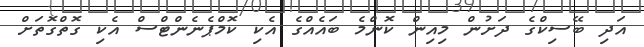
އަދި ބޭސިކްގެ ދަށުން މިއިން ކޮންމެ ބައެއްގެ އެކި ކޮމްޕެނެންޓްސް އެކި ގޮތްގޮތަށް